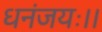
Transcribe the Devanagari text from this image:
धनंजयः।।